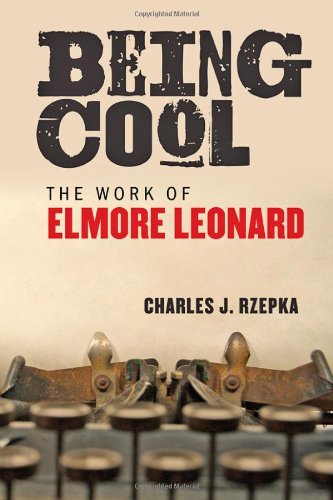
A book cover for Being Cool: The Work of Elmore Leonard; Charles J. Rzepka; Mystery, Thriller & Suspense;